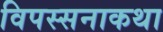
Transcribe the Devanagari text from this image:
विपस्सनाकथा